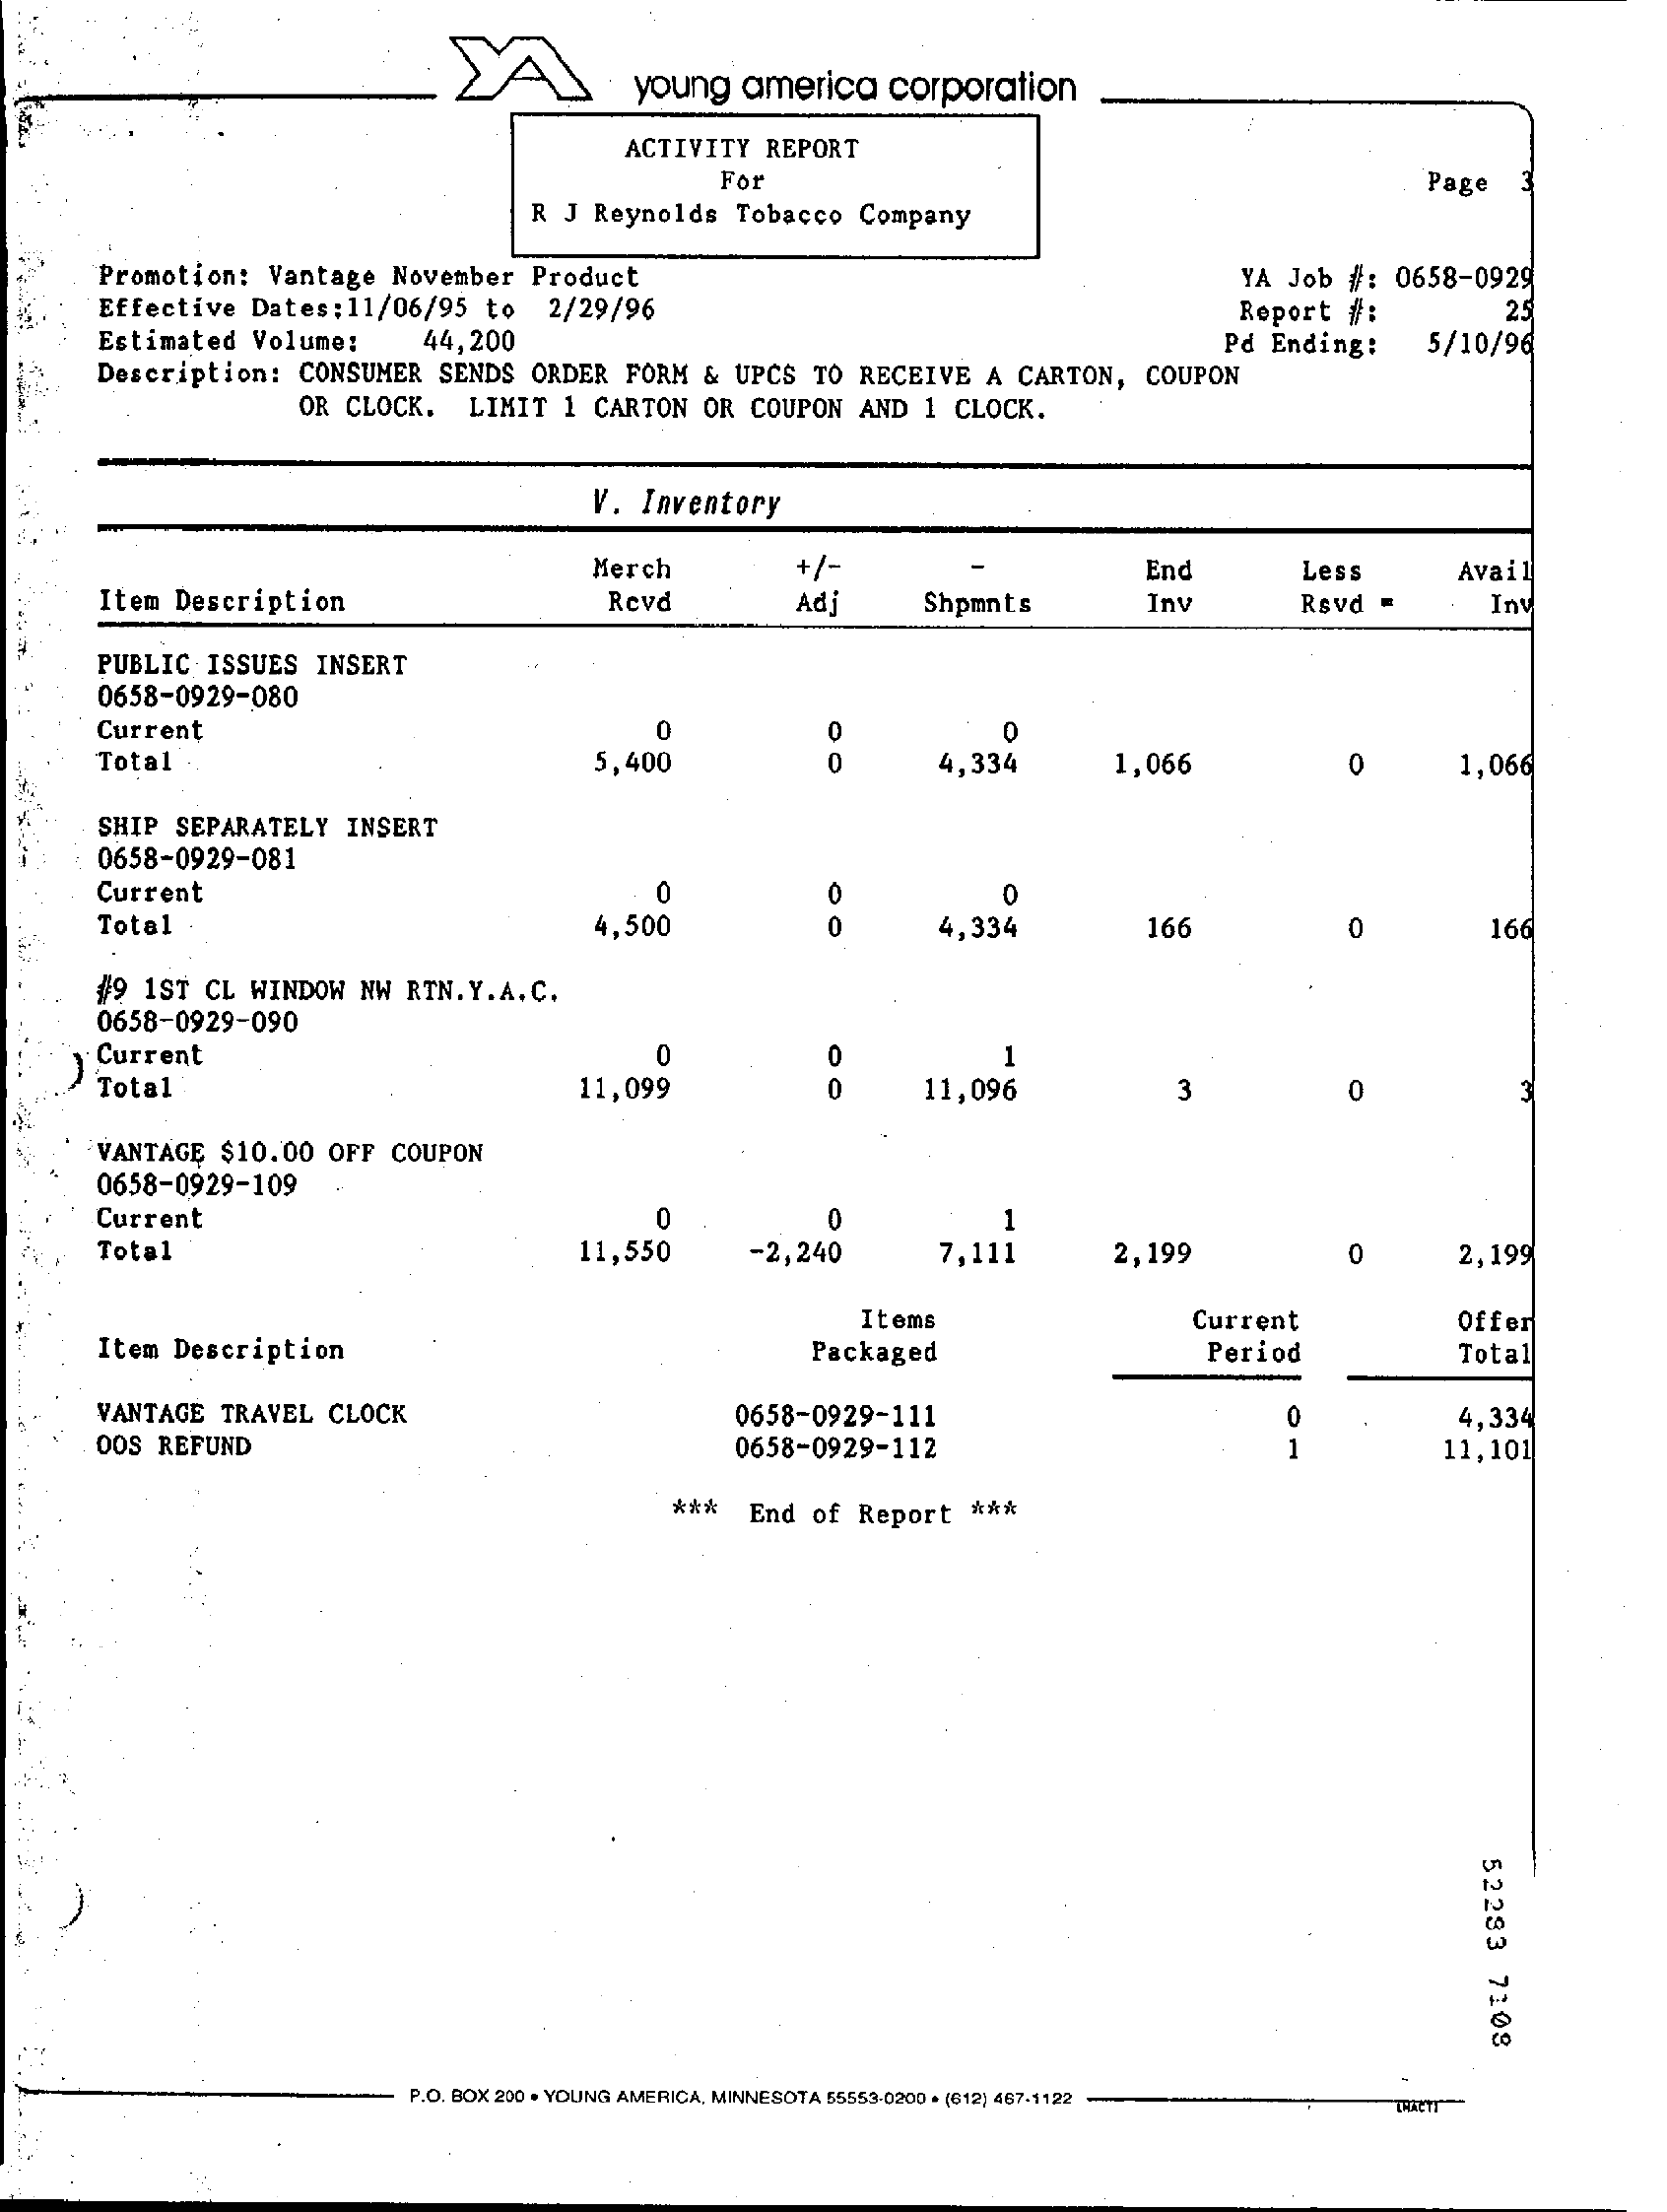
young america corporation
     ACTIVITY REPORT
     For    Page 3
     R J Reynolds Tobacco Company
     Promotion: Vantage November Product
     Effective Dates : 11/06/95 to 2/29/96
     YA Job #: 0658-0929
     25
     Estimated Volume:
     Report #:
     44,200
     Description: CONSUMER SENDS ORDER FORM & UPCS TO RECEIVE A CARTON, COUPON
     Pd Ending: 5/10/96
     OR CLOCK. LIMIT 1 CARTON OR COUPON AND 1 CLOCK.
     V. Inventory
     Merch    +/-    End    Less
     Item Description
     Avail
     Revd    Adj    Shpmnts    Inv    Rsvd =    Int
     PUBLIC ISSUES INSERT
     0658-0929-080
     Current
     Total    5,400    4,334    1,066    0    1,066
     SHIP SEPARATELY INSERT
     0658-0929-081
     Current
     Total
     0
     4,500
     0
     0    4,33%    166    0    166
     #9 1ST CL WINDOW NW RTN. Y. A. C.
     0658-0929-090
     Current
     Total
     0
     11,099
     1
     11,096    3    0    3
     VANTAGE $10.00 OFF COUPON
     0658-0929-109
     Current
     11,550
     0
     Total
     0
     -2,240
     1
     7,111    2,199    0    2,199
     Items
     Item Description
     Current    Offer
     Packaged    Period    Total
     VANTAGE TRAVEL CLOCK    0658-0929-111    4,334
     OOS REFUND    0658-0929-112    1    11,101
     *** End of Report ***
     52283
     7108
     P.O. BOX 200 . YOUNG AMERICA, MINNESOTA 55553-0200 . (612) 467-1122